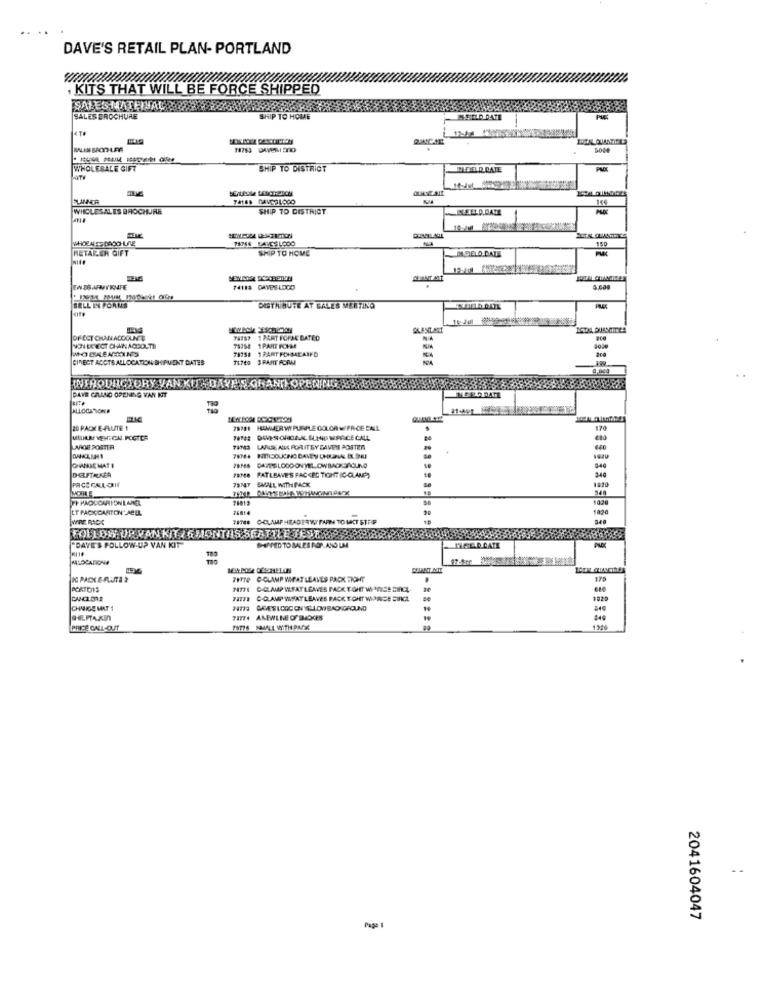
DAVE'S RETAIL PLAN- PORTLAND
KITS THAT WILL BE FORCE SHIPPED
SALESHATHIJALE
SALES BROCHURE
SHIP TO HOME
MFIELD DATE
BINCHE
1763 DAVERISCO
WHOLESALE GIFT
SHIP TO DISTRICT
THEIELD DATE
ATV
ELINNOR
WHOLESALES BROCHURE
SHIP TO DISTRICT
NESED.DAME
150
RETARCH GIFT
SHIP TO HOME
EN SS AFMTKMFE
74114 DAVPSLOGO
SELL IN PORMS
DISTRIBUTE AT GALES MERTING
OFECT CHAN ACCOUNT
THESE 1 PANT FORSE BATED
MOBREADING
NON EELECT CHAIN AODOLTE
79364 1 PART FCVM
78758 1 PART FORMEAIFD
CINECT ACCTS ALLOCATION SHIPMENT DATES
HDAVEC GRAND
INTRODUCTORY VAN KI
MORG DATE
DAVE CALANO OPENING VAN NT
ALLOCATIONA
20 PACK E-FLUITE 1
78781 HAMMER W PURPLE COLCA MI PRICE ENL
170
MEINLRY VENTOAL. POGTER
WINES DOVESTORICAAL ELEND WPRICE CALL
LARGE POSTER
74783 LARGEE ALLE PORITBY DAVEN POSTEN
#8788 FATLEAVE'S FAC<EC TICIHIT (C-CLAMP)
PACECALORIE
79747 SMALL WITHPACK
FP PAOCCARIONLAREL
102
ET PACKCARTON' ABEL
26814
1020
WIRE RACK
TITES OCLAMPHEADERW FARM TO UCT STEP
FOLLOW UP WAN KIT / 6 MONTHS SEATTLE TESTO
DAVE'S FOLLOW-UP VAN KIT"
DENMED TO SALES ROP.AND UM
MALOCATION
IC PACK E-AUTA 2
79779 C-CLAMP WHAT LEAVES PACK TOHOHT
175
PORTES
74776 -CLAMP ULFATLEAVES FACK TOHT WIRDSE CIRCL
C-CLAMP WHAT LEAVES PACK TOHT WARIDE CIRCL
CHINNIGE MAT
GAMES ICOC CHYELLOW BAOTGROUND
7/774 ANEWLNO SMOGS
PRICE GALL-OUT
2041604047
Page 1